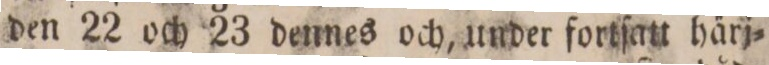
den 22 och 23 dennes och, under fortſatt härj=